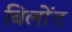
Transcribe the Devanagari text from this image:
बिलोंद